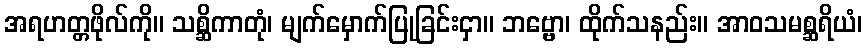
အရဟတ္တဖိုလ်ကို။ သစ္ဆိကာတုံ၊ မျက်မှောက်ပြုခြင်းငှာ။ ဘဗ္ဗော၊ ထိုက်သနည်း။ အာဝသမစ္ဆရိယံ၊